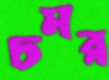
চমর